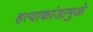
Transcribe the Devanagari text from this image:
हत्याकांडामुळे